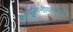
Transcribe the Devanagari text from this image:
अल्युमिनीयमच्या